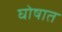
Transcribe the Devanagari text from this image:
घोषात